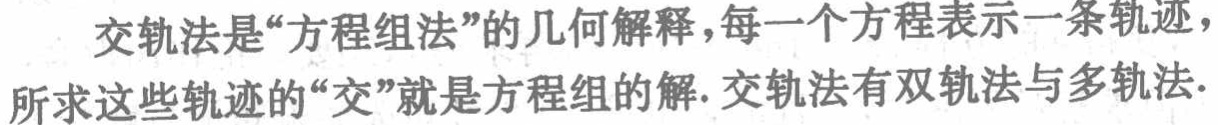
交轨法是“方程组法”的几何解释，每一个方程表示一条轨迹，所求这些轨迹的“交”就是方程组的解. 交轨法有双轨法与多轨法.